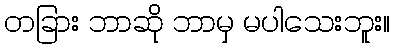
တခြား ဘာဆို ဘာမှ မပါသေးဘူး။